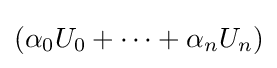
(\alpha _{0}U_{0}+\cdots +\alpha _{n}U_{n})